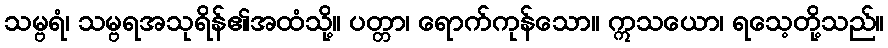
သမ္ဗရံ၊ သမ္ဗရအသုရိန်၏အထံသို့။ ပတ္တာ၊ ရောက်ကုန်သော။ ဣသယော၊ ရသေ့တို့သည်။